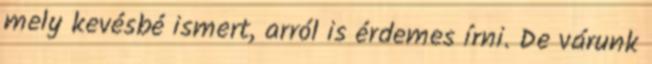
mely kevésbé ismert, arról is érdemes írni. De várunk